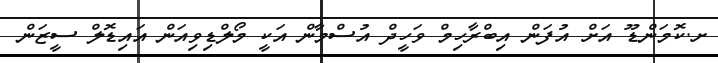
ށ.ކޮމަންޑޫ އަށް އުފަން އިބްރާހިމް ވަހީދް އުސްމާން އަކީ މޯލްޑިވިއަން އައިޑޮލް ސީޒަން